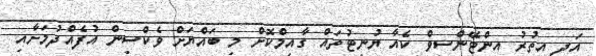
އަދި އިތުރު އިންޓޭންސިވް ކެއާ ޔުނިޓުތައް ގާއިމްކޮށް މި ބައްޔަށް ވެކްސިން އުފެއްދުމަށާއި